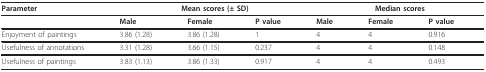
<table><thead><tr><td><b>Parameter</b></td><td colspan="3"><b>Mean scores (± SD)</b></td><td colspan="3"><b>Median scores</b></td></tr></thead><tbody><tr><td></td><td><b>Male</b></td><td><b>Female</b></td><td><b>P value</b></td><td><b>Male</b></td><td><b>Female</b></td><td><b>P value</b></td></tr><tr><td>Enjoyment of paintings</td><td>3.86 (1.28)</td><td>3.86 (1.28)</td><td>1</td><td>4</td><td>4</td><td>0.916</td></tr><tr><td>Usefulness of annotations</td><td>3.31 (1.28)</td><td>3.66 (1.15)</td><td>0.237</td><td>4</td><td>4</td><td>0.148</td></tr><tr><td>Usefulness of paintings</td><td>3.83 (1.13)</td><td>3.86 (1.33)</td><td>0.917</td><td>4</td><td>4</td><td>0.493</td></tr></tbody></table>